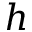
h